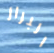
البراز